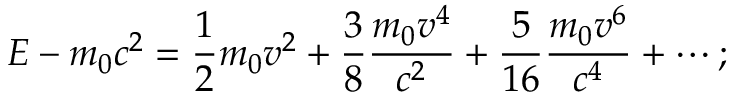
E - m _ { 0 } c ^ { 2 } = { \frac { 1 } { 2 } } m _ { 0 } v ^ { 2 } + { \frac { 3 } { 8 } } { \frac { m _ { 0 } v ^ { 4 } } { c ^ { 2 } } } + { \frac { 5 } { 1 6 } } { \frac { m _ { 0 } v ^ { 6 } } { c ^ { 4 } } } + \cdots ;